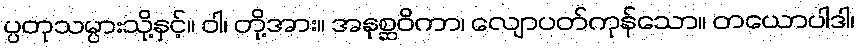
ပ္ပတုသမ္ပားသို့နှင့်။ ဝါ၊ တို့အား။ အနုစ္ဆဝိကာ၊ လျောပတ်ကုန်သော။ တယောပါဒါ၊